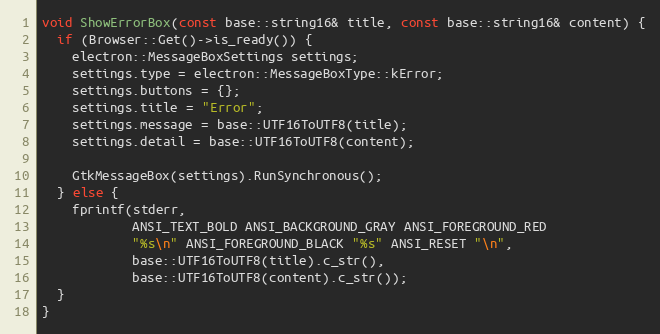
Language: C++
void ShowErrorBox(const base::string16& title, const base::string16& content) {
  if (Browser::Get()->is_ready()) {
    electron::MessageBoxSettings settings;
    settings.type = electron::MessageBoxType::kError;
    settings.buttons = {};
    settings.title = "Error";
    settings.message = base::UTF16ToUTF8(title);
    settings.detail = base::UTF16ToUTF8(content);

    GtkMessageBox(settings).RunSynchronous();
  } else {
    fprintf(stderr,
            ANSI_TEXT_BOLD ANSI_BACKGROUND_GRAY ANSI_FOREGROUND_RED
            "%s\n" ANSI_FOREGROUND_BLACK "%s" ANSI_RESET "\n",
            base::UTF16ToUTF8(title).c_str(),
            base::UTF16ToUTF8(content).c_str());
  }
}